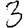
Digit: 3